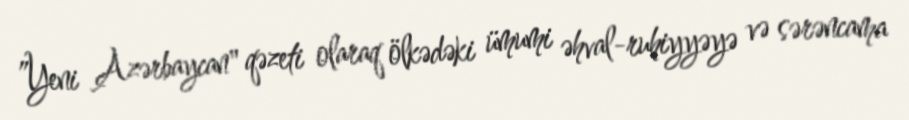
”Yeni Azərbaycan" qəzeti olaraq ölkədəki ümumi əhval-ruhiyyəyə və sərəncama